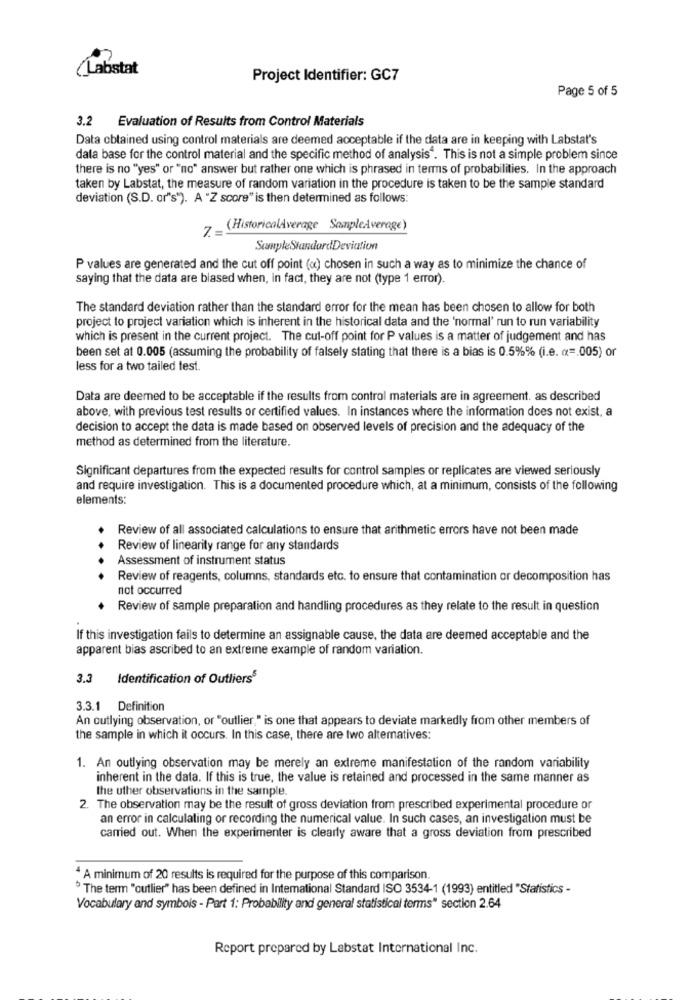
(Labstat
Project Identifier: GC7
Page 5 of 5
3.2
Evaluation of Results from Control Materials
Data obtained using control materials are deemed acceptable if the data are in keeping with Labstat's
data base for the control material and the specific method of analysis". This is not a simple problem since
there is no "yes" or "no" answer but rather one which is phrased in terms of probabilities. In the approach
taken by Labstat, the measure of random variation in the procedure is taken to be the sample standard
deviation (S.D. or's"). A "Z score" is then determined as follows:
7 -.
(HistoricalAverage SampleAverage)
SampleStandardDeviation
P values are generated and the cut off point («) chosen in such a way as to minimize the chance of
saying that the data are biased when, in fact, they are not (type 1 error).
The standard deviation rather than the standard error for the mean has been chosen to allow for both
project to project variation which is inherent in the historical data and the 'normal' run to run variability
which is present in the current project. The cut-off point for P values is a matter of judgement and has
been set at 0.005 (assuming the probability of falsely stating that there is a bias is 0.5%% (i.e. « =. 005) or
less for a two tailed test.
Data are deemed to be acceptable if the results from control materials are in agreement. as described
above, with previous test results or certified values. In instances where the information does not exist, a
decision to accept the data is made based on observed levels of precision and the adequacy of the
method as determined from the literature.
Significant departures from the expected results for control samples or replicates are viewed seriously
and require investigation. This is a documented procedure which, at a minimum, consists of the following
elements:
Review of all associated calculations to ensure that arithmetic errors have not been made
Review of linearity range for any standards
Assessment of instrument status
Review of reagents, columns, standards etc. to ensure that contamination or decomposition has
not occurred
Review of sample preparation and handling procedures as they relate to the result in question
If this investigation fails to determine an assignable cause, the data are deemed acceptable and the
apparent bias ascribed to an extreme example of random variation.
3.3
Identification of Outliers5
3.3.1 Definition
An outlying observation, or "outlier," is one that appears to deviate markedly from other members of
the sample in which it occurs. In this case, there are two altematives:
1. An outlying observation may be merely an extreme manifestation of the random variability
inherent in the data. If this is true, the value is retained and processed in the same manner as
the uther observations in the sample.
2. The observation may be the result of gross deviation from prescribed experimental procedure or
an error in calculating or recording the numerical value. In such cases, an investigation must be
carried out. When the experimenter is clearly aware that a gross deviation from prescribed
4 A minimum of 20 results is required for the purpose of this comparison.
The term "outlier" has been defined in International Standard ISO 3534-1 (1993) entitled "Statistics -
Vocabulary and symbols - Part 1: Probability and general statistical terms" section 2.64
Report prepared by Labstat International Inc.